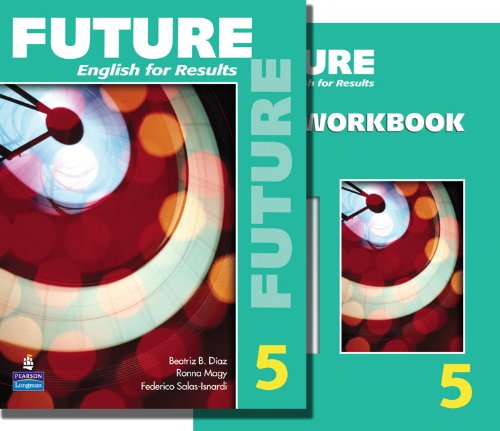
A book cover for Future 5 package: Student Book (with Practice Plus CD-ROM) and Workbook; Mary Ann Maynard; Reference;